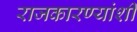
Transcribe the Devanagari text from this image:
राजकारण्यांशी